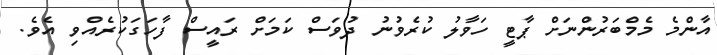
އާންމެ މެމްބަރުންނަށް ޕާޓީ ހަވާލު ކުރެވުނު ދުވަސް ކަމަށް ރައީސް ފާހަގަކުރެއްވި އެވެ.